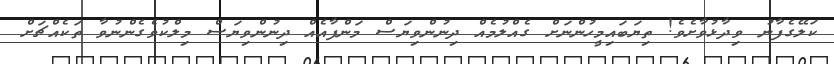
ކަލޭގެފާނު ވިދާޅުވާށެވެ! ތިޔަބައިމީހުންނަށް ގެއްލުމެއް ދިނުންވިޔަސް މަންފާއެއް ދިނުންވިޔަސް މިލްކުވެގެންނުވާ ތަކެއްޗަށް